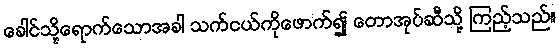
ခေါင်သို့ရောက်သောအခါ သက်ငယ်ကိုဖောက်၍ တောအုပ်ဆီသို့ ကြည့်သည်။